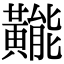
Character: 𪏛